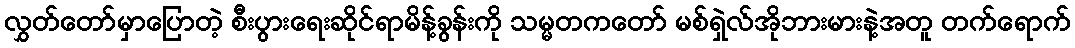
လွှတ်တော်မှာပြောတဲ့ စီးပွားရေးဆိုင်ရာမိန့်ခွန်းကို သမ္မတကတော် မစ်ရှဲလ်အိုဘားမားနဲ့အတူ တက်ရောက်